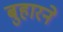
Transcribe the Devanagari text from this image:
बुहारने